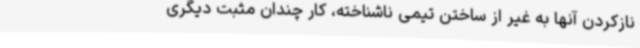
نازکردن آنها به غیر از ساختن تیمی ناشناخته، کار چندان مثبت دیگری